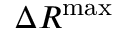
\Delta R ^ { \mathrm { m a x } }